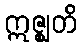
ဣဇ္ဈတိ